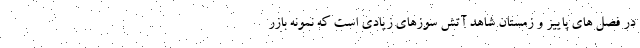
در فصل های پاییز و زمستان شاهد آتش سوزهای زیادی است که نمونه بازر